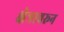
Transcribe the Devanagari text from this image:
क्षेत्रावरून